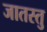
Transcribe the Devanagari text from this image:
जातस्तु